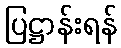
ပြဋ္ဌာန်းရန်